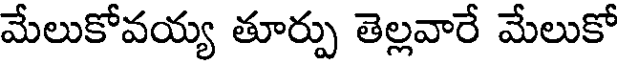
మేలుకోవయ్య తూర్పు తెల్లవారే మేలుకో